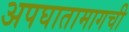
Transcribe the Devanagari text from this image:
अपघातामागची